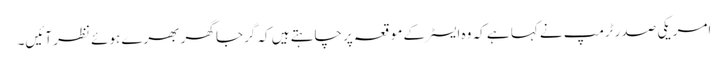
امریکی صدر ٹرمپ نے کہا ہے کہ وہ ایسٹر کے موقعہ پر چاہتے ہیں کہ گرجا گھر بھرے ہوئے نظر آئیں۔